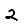
Digit: 2